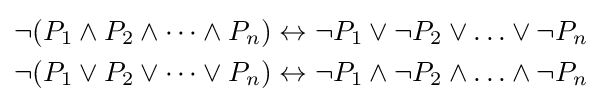
{\begin{aligned}\lnot (P_{1}\land P_{2}\land \dots \land P_{n})\leftrightarrow \lnot P_{1}\lor \lnot P_{2}\lor \ldots \lor \lnot P_{n}\\\lnot (P_{1}\lor P_{2}\lor \dots \lor P_{n})\leftrightarrow \lnot P_{1}\land \lnot P_{2}\land \ldots \land \lnot P_{n}\end{aligned}}